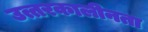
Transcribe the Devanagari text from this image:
उत्तरकालीनता